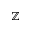
\mathbb { Z }